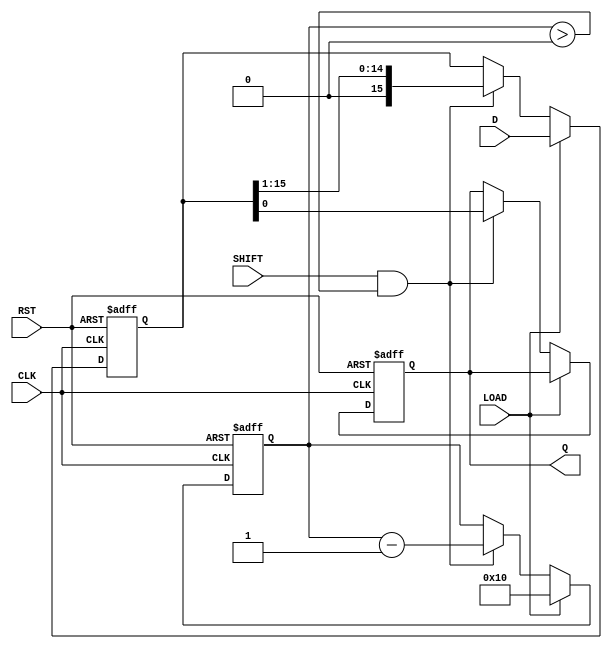
module PISO_Register (
    input wire [15:0] D,     // 16-bit parallel input data
    input wire LOAD,         // Load control signal
    input wire SHIFT,        // Shift control signal
    input wire CLK,          // Clock signal
    input wire RST,          // Asynchronous reset signal
    output reg Q             // Serial output
);

    reg [15:0] shift_reg;     // Internal shift register to hold the data
    reg [4:0] bit_count;      // Counter for the number of bits shifted out

    // Asynchronous reset
    always @(posedge CLK or posedge RST) begin
        if (RST) begin
            shift_reg <= 16'b0; // Clear the shift register
            Q <= 1'b0;          // Clear the output
            bit_count <= 5'b0;  // Reset bit counter
        end else begin
            if (LOAD) begin
                shift_reg <= D;  // Load data into shift register
                bit_count <= 5'd16; // Set bit count to 16 for shifting
            end else if (SHIFT && bit_count > 0) begin
                Q <= shift_reg[0]; // Output the LSB
                shift_reg <= shift_reg >> 1; // Shift right
                bit_count <= bit_count - 1; // Decrement bit count
            end
        end
    end

endmodule